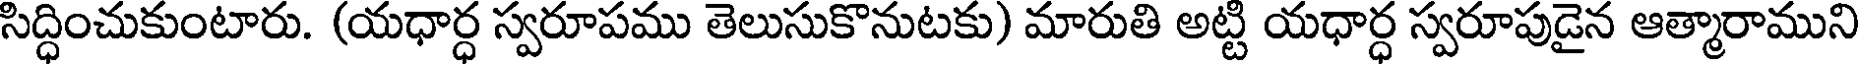
సిద్ధించుకుంటారు. (యధార్ధ స్వరూపము తెలుసుకొనుటకు) మారుతి అట్టి యధార్ధ స్వరూపుడైన ఆత్మారాముని